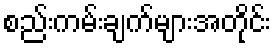
စည်းကမ်းချက်များအတိုင်း